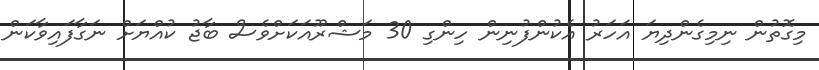
މިގޮތުން ނިމިގެންދިޔަ އަހަރު އެކުންފުނިން ހިންގި 30 މަޝްރޫއަކަށްވެސް ބާޖު ކުއްޔަށް ނަގާފައިވާކަން